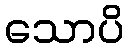
သောပိ